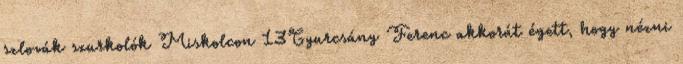
szlovák szurkolók Miskolcon 13Gyurcsány Ferenc akkorát égett, hogy nézni